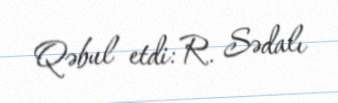
Qəbul etdi: R. Sədalı